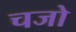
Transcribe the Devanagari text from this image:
चजो